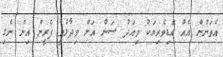
އެތަނުން އެއް އޮޑިވެރިޔަކު މިއަދު ސަން އަށް ވިދާޅުވީ ފެރީން އިން ނެގި